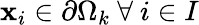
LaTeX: \mathbf{x}_{i}\in\partial\Omega_{k}\ \forall\ i\in I